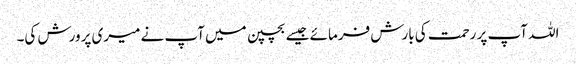
اللہ آپ پر رحمت کی بارش فرمائے جیسے بچپن میں آپ نے میری پرورش کی۔